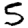
Digit: 5